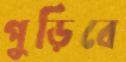
পুড়িবে